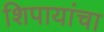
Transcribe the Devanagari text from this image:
शिपायांचा